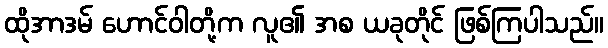
ထိုအာဒမ် ဟောင်ဝါတို့က လူ၏ အစ ယခုတိုင် ဖြစ်ကြပါသည်။